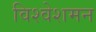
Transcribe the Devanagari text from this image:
विश्वेशमन